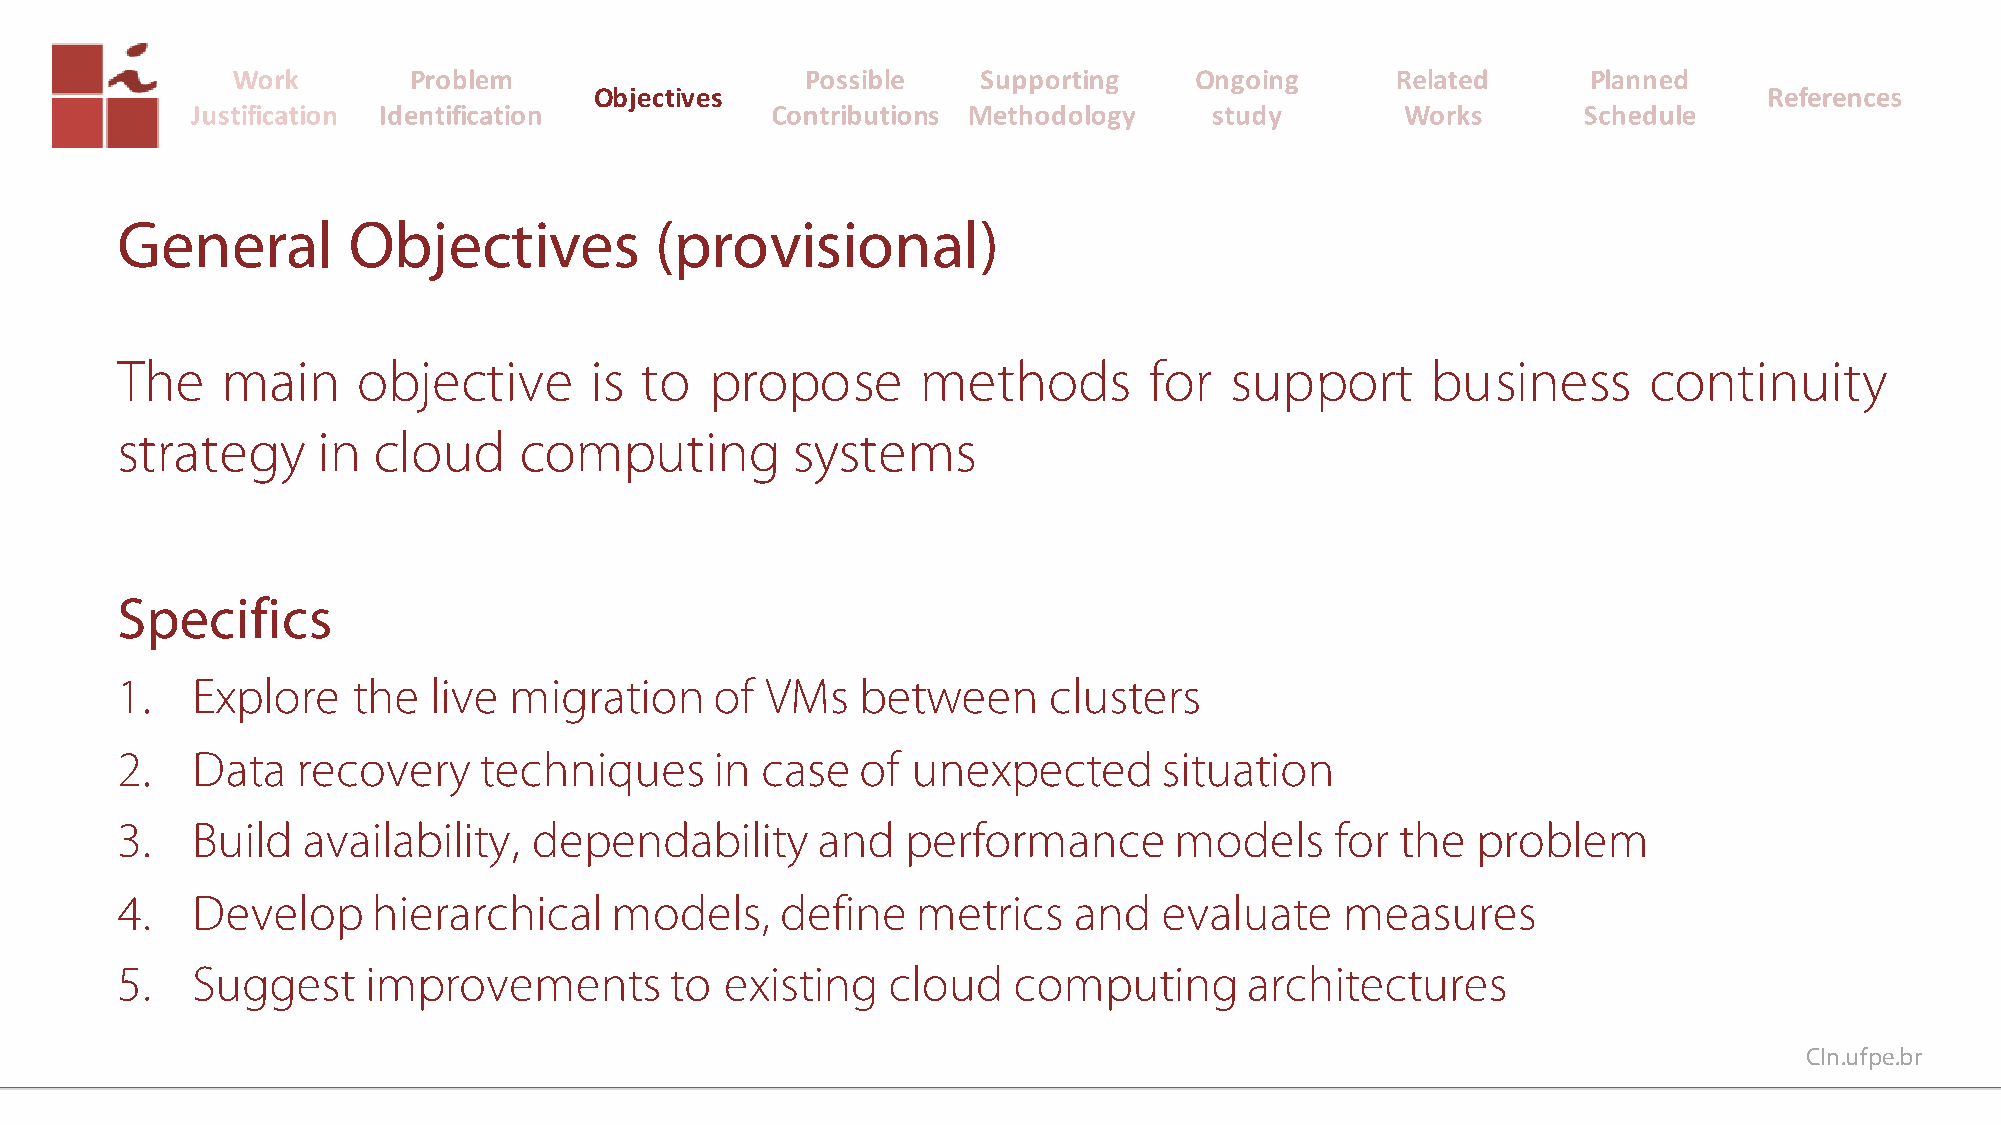
Objectives
 General        Objectives          (provisional)
 The    main     objective      is to   propose       methods        for  support       business      continuity
 strategy     in  cloud    computing         systems
 Specifics
 1.   Explore   the  live  migration    of  VMs   between     clusters
 2.   Data   recovery    techniques     in case   of unexpected       situation
 3.   Build  availability,  dependability      and   performance       models    for  the  problem
 4.   Develop     hierarchical   models,     define   metrics   and   evaluate    measures
 5.   Suggest    improvements        to  existing   cloud   computing       architectures
 CIn.ufpe.br